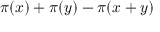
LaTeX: \pi ( x ) + \pi ( y ) - \pi ( x + y )